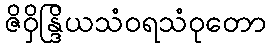
ဇိဝှိန္ဒြိယသံဝရသံဝုတော